Annual report on the health of the army in India
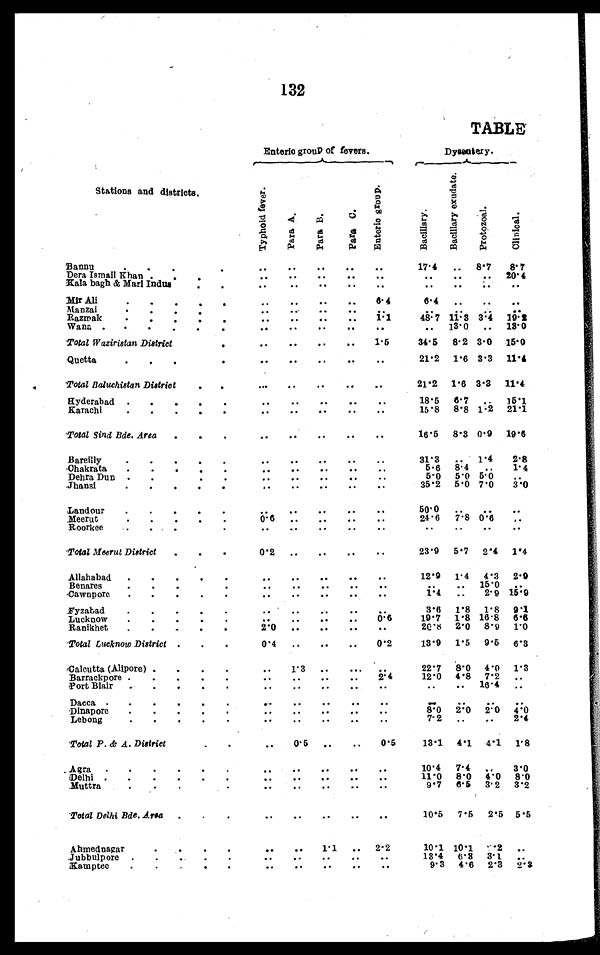
132
TABLE
Enteric group of fevers.
Dysentery.
Stations and districts.
T y p h o i d f e v e r
P a r a A .
P a r a B .
P a r a C .
E n t e r i c g r o u p .
B a c i l l a r y .
B a c i l l a r y e x u d a t e .
P r o t o z o a l .
C l i n i c a l.
Bannu . . .
. . . . . .
. . .
. . .
. . .
17.4 . . . 8 . 7
8.7
20. 4
Dera Ismail Khan. . .
. . . . . .
. . .
. . .
. . .
. . .
. . .
. . .
Kala bagh & Mari Indus . . .
. . .
. . .
. . .
. . .
. . .
. . . . . .
. . .. . .
Mir Ali . . .
. . .
. . .
. . . . . .
6.4
6.4
. . .
. . .
. . .
Man zai . . .
. . .
. . .
. . .
. . .
. . .
. . . . . . . . .
. . . . . ..
11.3 3.4 19.2
48.7
Razmak
. . .
. . . . . .
. . .
13.0
13.0
Wana . . .
. . .
. . .
. . . . . .
. . .
. . .
. . .
Total Waziristan District . . .
. . . . . .
. . .
. . .
1.5
34.5 8.2 3.0 15.0
Quetta . . .
. . . . . .
. . .
. . .
. . .
21.2
1.6 3.3
11.4
Total Baluchistan District. . .
. . .
. . .
. . .
. . .
. . .
21.2
1.6 3.3
11.4
Hyderabad . . .
. . . . . .
. . .
. . .
. . .
18.5
6.7
. . .
15.1
8.8 1.2 21.1
15.8
Karachi . . .
. . . . . .
. . .
. . .
. . .
Total Sind Bde. Area
. . .
. . . . . .
. . .
. . .
. . .
16.5
8.3 0.9
19.6
Bareilly
. . .
. . . . . .
. . .
. . .
. . .
31.3
. . . 1.4
2.8
8.4
. . .
1.4
5 . 6
Chakrata
. . .
. . .
. . .
. . .
. . .
. . .
5.0 5.0
. . .
5.0
Dehra Dun . . .
. . . . . .
. . .
. . .
. . .
35.2
5.0
7 . 0
3.0
Jhansi . . .
. . .
. . .
. . .
. . .
. . .
Landour
. . .
. . .
. . .
. . .
. . .
. . .
50.0
. . .
. . .
. . .
24.6
7.8 0.6
. . .
. . .
Meerut . . .
. . .
. . . . . .
...
R oorkee . . .
. . . . . .
. . .
. . .
. . .
. . .
. . .
. . .
. . .
Total Meerut District
. . .
0.2
. . .
. . . . . .
.. .
23.9
5.7
2.4 1.4
Allahabad
. . .
. . .
. . .
. . .
. . .
. . .
12.9
1.4
4.3
2.0
15.0
Benares . . .
. . .
. . .
. . .
. . .
. . .
. . .
. . .
. . .
2.9 15.9
1.4
Cawnpore
. . .
. . .
. . .
. . .
. . .
. . .
. . .
1.8 1.8 9.1
...
3.6
Fyzabad
. . .
. . .
. . .
. . .
. . .
19.7 1.8 16.8 6.6
O.6
Luck now
. . .
. . .
. . .
. . .
. . .
2.0
8.9
1.0
20.8
2.0
. . .
. . .
. . .
. . .
Ranikhet
. . .
Total Lucknow District . . .
0.4
. . .
. . .
. . .
0.2
13.9
1.5
9.5
6.3
Calcutta (Alipore) . . .
. . .
. . .
. . . . . .
. . .
22.7
8.0
4.0
1.3
2.4
12.0
4.8
7 . 2 ...
Barrackpore . . .
.
. . .
. . . . .
. . .
. . .
16.4
Port Blair . . .
. . .
. . .
. . .
. . .
. . .
. . .
. . .
. . .
Dacca . . .
. . .
. . .
. . .
. . .
. . .
. . . . . .
. . . . . .
8.0
2.0
2.0
4.0
Dinapore . . .
. . .
. . .
. . .
. . .
. . .
7.2
. . .
. . .
2.4
Lebong . . .
. . .
. . .
. . .
. . .
. . .
Total P. & A. District. . .
. . .
0 . 5
. . .
. . .
0.5
13.1
4.1
4. 1
1.8
A g ra . . .
. . .
. . .
. . .
. . .
. . .
10.4
7.4
. . .
3.0
8.0
4.0
8.0
11.0
Delhi . . .
. . .
. . .
. . .
. . .
. . .
6.5
3.2
3.2
Muttra. . .
. . .
. . .
. . .
. . .
. . .
Total Delhi Bde . Area . . .
. . .
. . .
. . .
. . .
. . .
10.5
7.5
2.5 5.5
Ahmednagar. . .
. . .
. . .
1 . 1
. . . 2.2
10.1 10.1 0.2
. . .
13.4
6.3
3.1
. . .
Jubbulpore. . .
. . .
. . .
. . .
. . .
. . .
9 .3 4.6
2.3
2.3
. . .
. . .
. . .
. . .
Kamptee
. . .
. . .